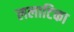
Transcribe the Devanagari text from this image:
ललाटिका